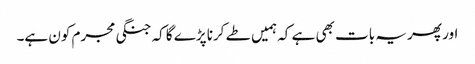
اور پھر یہ بات بھی ہے کہ ہمیں طے کرنا پڑے گا کہ جنگی مجرم کون ہے۔